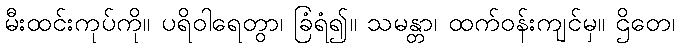
မီးထင်းကုပ်ကို။ ပရိဝါရေတွာ၊ ခြံရံ၍။ သမန္တာ၊ ထက်ဝန်းကျင်မှ။ ဌိတေ၊